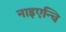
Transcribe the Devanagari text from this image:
नाइएन्चि